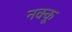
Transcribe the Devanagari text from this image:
नक्कू